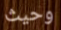
وحيث